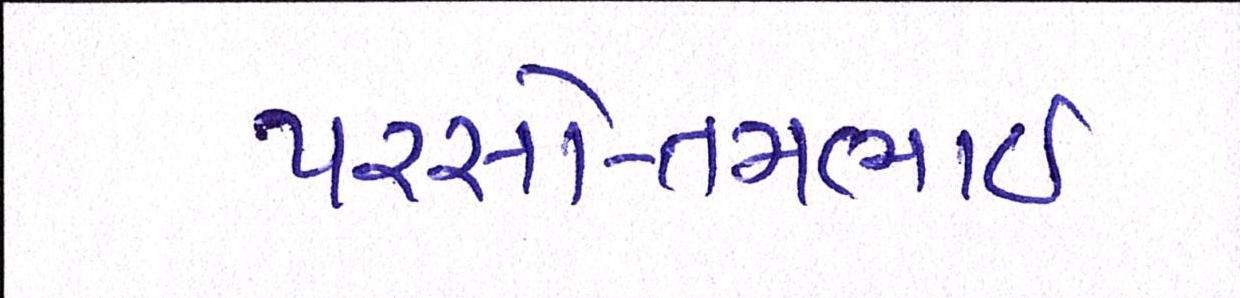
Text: પરસોત્તમભાઈ